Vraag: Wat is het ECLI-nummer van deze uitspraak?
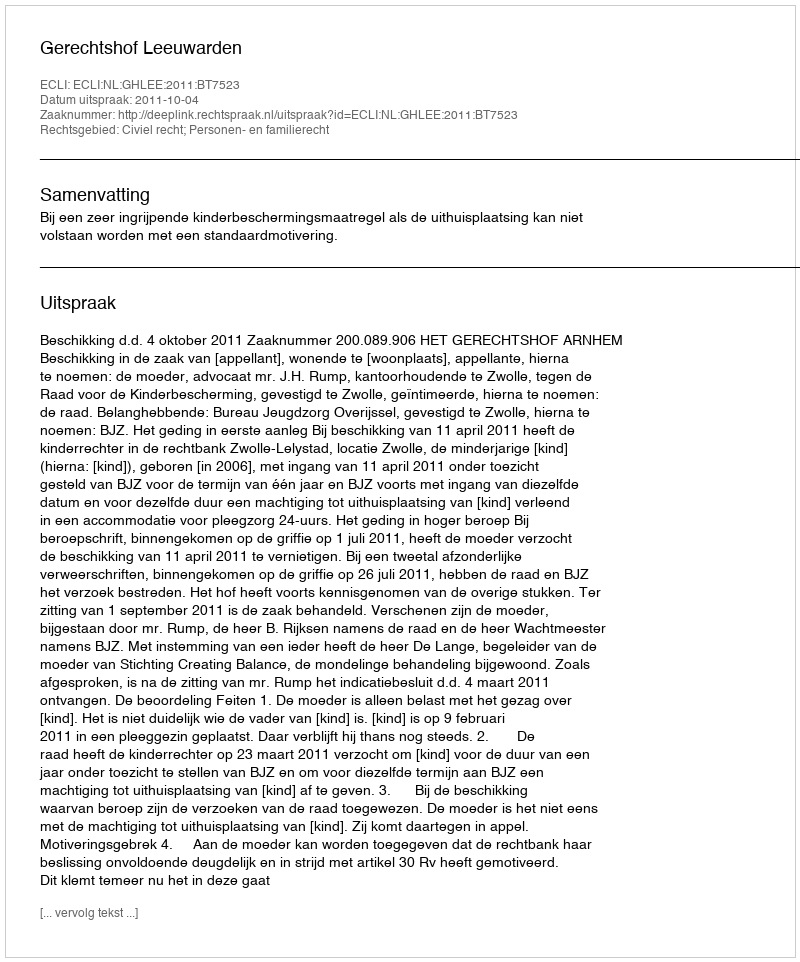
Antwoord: ECLI:NL:GHLEE:2011:BT7523